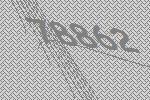
78862